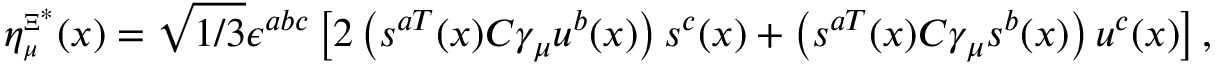
\eta _ { \scriptscriptstyle \mu } ^ { \scriptscriptstyle { \Xi ^ { * } } } ( x ) = \sqrt { 1 / 3 } \epsilon ^ { a b c } \left[ 2 \left( s ^ { a T } ( x ) C \gamma _ { \mu } u ^ { b } ( x ) \right) s ^ { c } ( x ) + \left( s ^ { a T } ( x ) C \gamma _ { \mu } s ^ { b } ( x ) \right) u ^ { c } ( x ) \right] ,